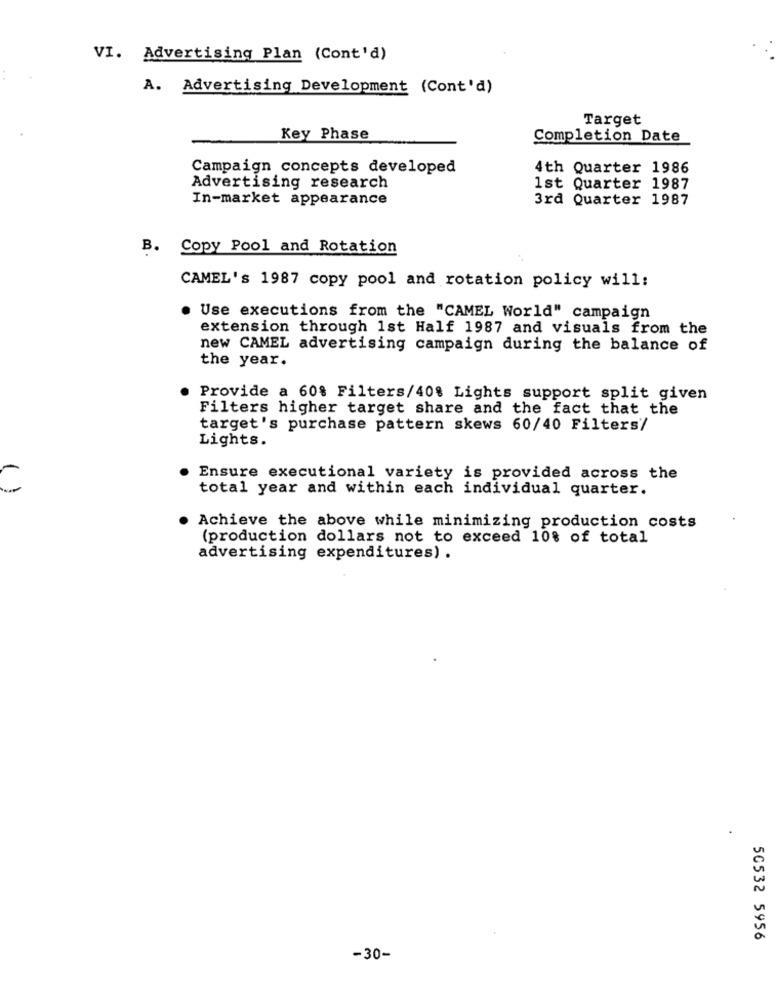
VI. Advertising Plan (Cont'd)
A. Advertising Development (Cont'd)
Target
Key Phase
Completion Date
Campaign concepts developed
4th Quarter 1986
Advertising research
1st Quarter 1987
In-market appearance
3rd Quarter 1987
B.
Copy Pool and Rotation
CAMEL's 1987 copy pool and rotation policy will:
Use executions from the "CAMEL World" campaign
extension through 1st Half 1987 and visuals from the
new CAMEL advertising campaign during the balance of
the year.
Provide a 60% Filters/40% Lights support split given
Filters higher target share and the fact that the
target's purchase pattern skews 60/40 Filters'
Lights.
Ensure executional variety is provided across the
()
total year and within each individual quarter.
Achieve the above while minimizing production costs
(production dollars not to exceed 10% of total
advertising expenditures) .
50532 5956
-30-